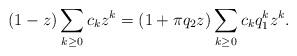
LaTeX: \begin{align*} (1-z) \sum_{k \ge 0} c_k z^k = (1 + \pi q_2z) \sum_{k \ge 0} c_k q_1^k z^k. \end{align*}